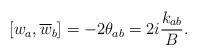
\begin{align*}\left[ w_{a},\overline{w}_{b}\right] =-2\theta _{ab}=2i\frac{k_{ab}}{B}.\end{align*}